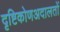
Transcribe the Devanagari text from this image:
दृष्टिकोणअदालतों